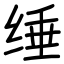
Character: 缍